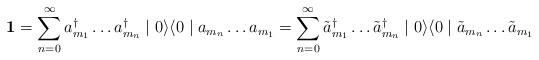
LaTeX: \begin{align*}\textbf{1} = \sum_{n=0}^{\infty} a^{\dagger}_{m_{1}} \ldots a^{\dagger}_{m_{n}} \mid 0 \rangle \langle 0 \mid a_{m_{n}} \ldots a_{m_{1}} = \sum_{n=0}^{\infty} \tilde{a}^{\dagger}_{m_{1}} \ldots \tilde{a}^{\dagger}_{m_{n}} \mid 0 \rangle \langle 0 \mid \tilde{a}_{m_{n}} \ldots \tilde{a}_{m_{1}}\end{align*}